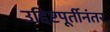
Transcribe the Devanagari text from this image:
उद्दिष्टपूर्तीनंतर